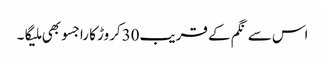
اس سے نگم کے قریب30کروڑ کا راجسو بھی ملیگا۔